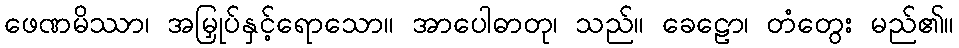
ဖေဏမိဿာ၊ အမြှုပ်နှင့်ရောသော။ အာပေါဓာတု၊ သည်။ ခေဠော၊ တံတွေး မည်၏။